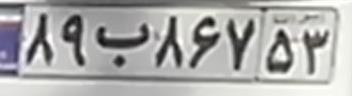
۸۹ب۸۶۷۵۳